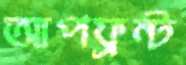
আপফ্রন্ট